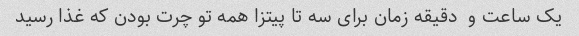
یک ساعت و  دقیقه زمان برای سه تا پیتزا همه تو چرت بودن که غذا رسید